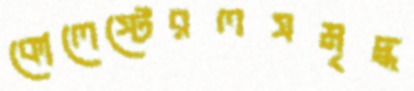
কোলেস্টেরলসমৃদ্ধ